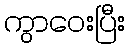
ကွာဝေးပြီး